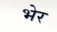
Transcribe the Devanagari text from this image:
भेर